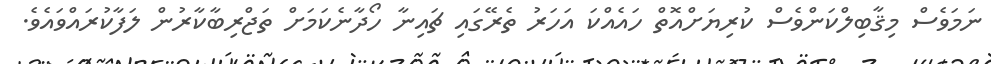
ނަމަވެސް މިޤާބިލްކަންވެސް ކުރިޔަށްއޮތް ހައެއްކަ އަހަރު ތެރޭގައި ޗައިނާ ހޯދާނެކަމަށް ތަޖްރިބާކާރުން ލަފާކުރައްވައެވެ.